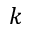
k